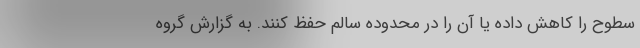
سطوح را کاهش داده یا آن را در محدوده سالم حفظ کنند. به گزارش گروه